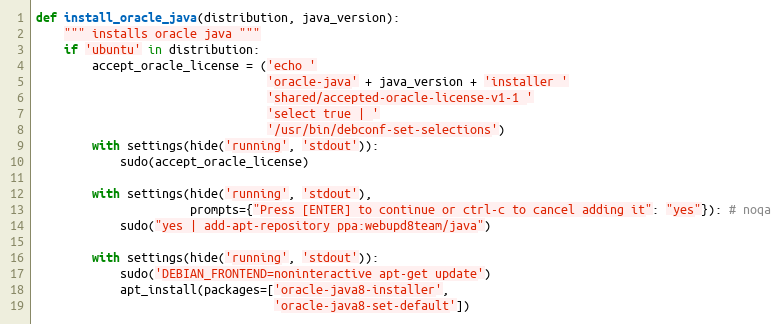
Language: Python
def install_oracle_java(distribution, java_version):
    """ installs oracle java """
    if 'ubuntu' in distribution:
        accept_oracle_license = ('echo '
                                 'oracle-java' + java_version + 'installer '
                                 'shared/accepted-oracle-license-v1-1 '
                                 'select true | '
                                 '/usr/bin/debconf-set-selections')
        with settings(hide('running', 'stdout')):
            sudo(accept_oracle_license)

        with settings(hide('running', 'stdout'),
                      prompts={"Press [ENTER] to continue or ctrl-c to cancel adding it": "yes"}): # noqa
            sudo("yes | add-apt-repository ppa:webupd8team/java")

        with settings(hide('running', 'stdout')):
            sudo('DEBIAN_FRONTEND=noninteractive apt-get update')
            apt_install(packages=['oracle-java8-installer',
                                  'oracle-java8-set-default'])